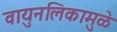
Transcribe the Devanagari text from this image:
वायुनलिकामुळे